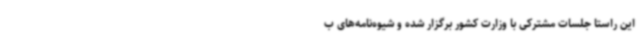
این راستا جلسات مشترکی با وزارت کشور برگزار شده و شیوه‌نامه‌های ب